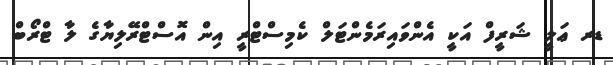
ޑރ ޢަލީ ޝަރީފް އަކީ އެންވައިރަމެންޓަލް ކެމިސްޓްރީ އިން އޮސްޓްރޭލިޔާގެ ލާ ޓްރޯބް